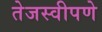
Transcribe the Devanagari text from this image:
तेजस्वीपणे